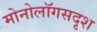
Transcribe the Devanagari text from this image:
मोनोलॉगसदृश